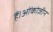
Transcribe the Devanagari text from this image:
हैं।ओंकोजीन